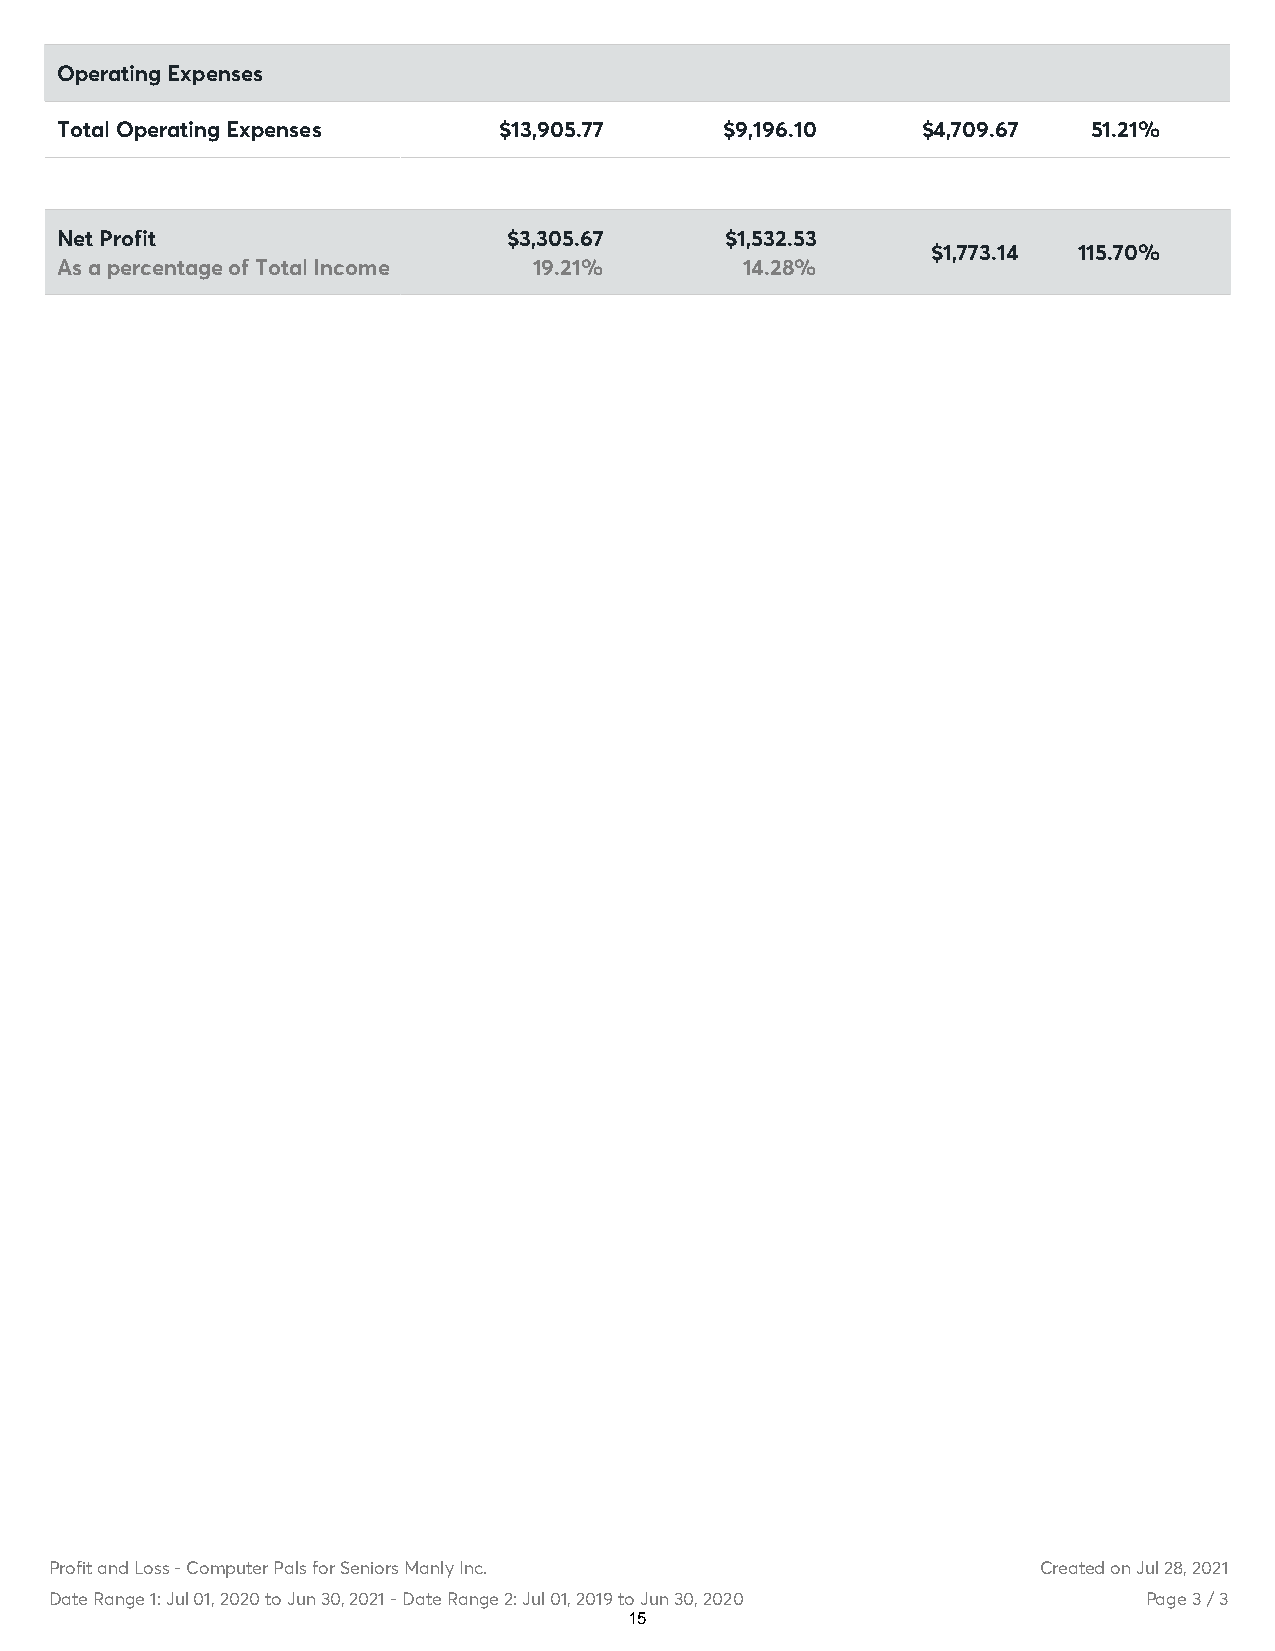
Operating Expenses
 Total Operating Expenses     $13,905.77     $9,196.10    $4,709.67  51.21%
 Net Profit                    $3,305.67     $1,532.53
 $1,773.14 115.70%
 As a percentage of Total Income 19.21%       14.28%
 Profit and Loss - Computer Pals for Seniors Manly Inc.            Created on Jul 28, 2021
 Date Range 1: Jul 01, 2020 to Jun 30, 2021 - Date Range 2: Jul 01, 2019 to Jun 30, 2020 Page 3 / 3
 15